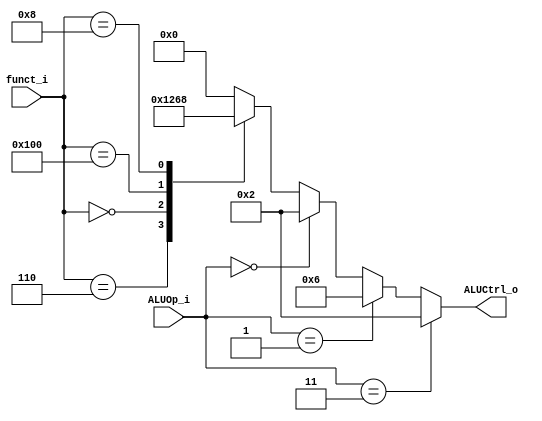
`define ALUOp_R_type 2'b10
`define ALUOp_I_type 2'b11
`define ALUOp_LDSD   2'b00
`define ALUOp_BEQ    2'b01
`define Funct_OR  10'b0000000110
`define Funct_AND 10'b0000000111
`define Funct_ADD 10'b0000000000
`define Funct_SUB 10'b0100000000
`define Funct_MUL 10'b0000001000
`define ALU_Ctrl_OR  4'b0001
`define ALU_Ctrl_AND 4'b0000
`define ALU_Ctrl_ADD 4'b0010
`define ALU_Ctrl_SUB 4'b0110
`define ALU_Ctrl_MUL 4'b1000

module ALU_Control(
    funct_i,
    ALUOp_i,
    ALUCtrl_o
);

input       [9:0] funct_i;
input       [1:0] ALUOp_i;
output  [3:0] ALUCtrl_o;
reg  [3:0] ALUCtrl_r;

assign ALUCtrl_o = ALUCtrl_r;

always @(funct_i or ALUOp_i) begin
  	if (ALUOp_i == `ALUOp_I_type) begin
  		  ALUCtrl_r = `ALU_Ctrl_ADD;
  	end
  	else if (ALUOp_i == `ALUOp_BEQ) begin
  		  ALUCtrl_r = `ALU_Ctrl_SUB;
  	end
  	else if (ALUOp_i == `ALUOp_LDSD) begin
  		  ALUCtrl_r = `ALU_Ctrl_ADD;
  	end
  	else begin
    		case (funct_i)
          	`Funct_OR : ALUCtrl_r <= `ALU_Ctrl_OR;
      			`Funct_AND: ALUCtrl_r <= `ALU_Ctrl_AND;
      			`Funct_ADD: ALUCtrl_r <= `ALU_Ctrl_ADD;
      			`Funct_SUB: ALUCtrl_r <= `ALU_Ctrl_SUB;
      			`Funct_MUL: ALUCtrl_r <= `ALU_Ctrl_MUL;
      			default:ALUCtrl_r <= 4'b0000;
    		endcase
  	end
end
endmodule